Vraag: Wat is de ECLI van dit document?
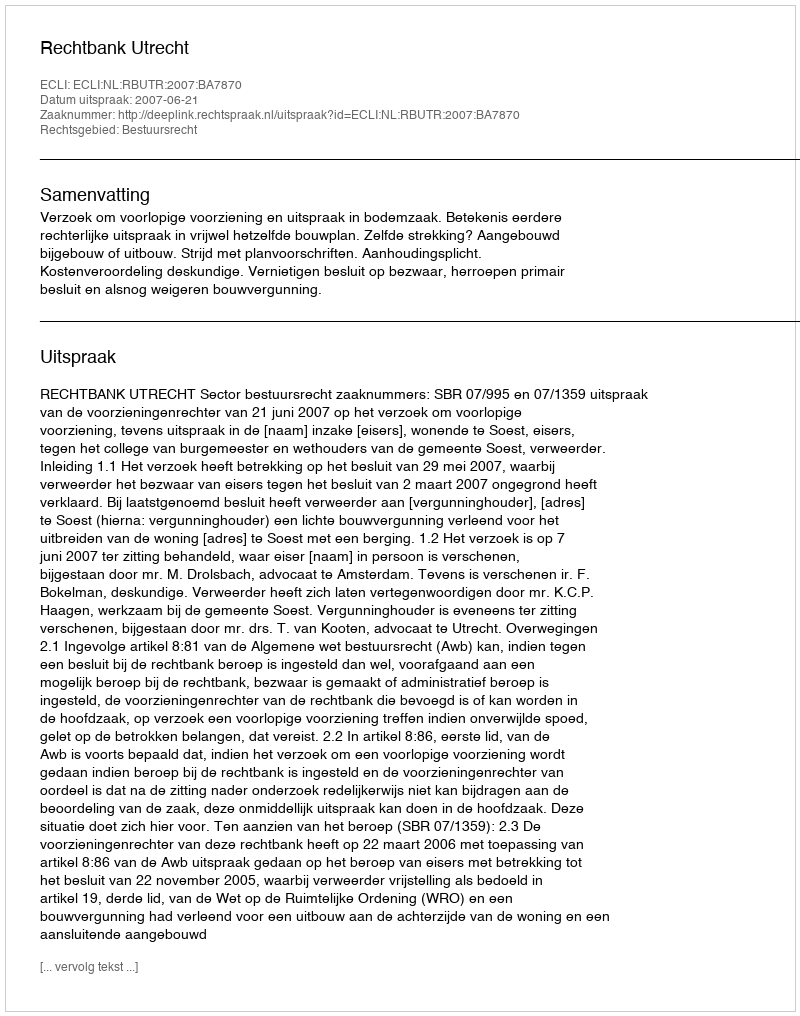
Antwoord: ECLI:NL:RBUTR:2007:BA7870